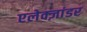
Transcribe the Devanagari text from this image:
एलेक्ज़ांडर